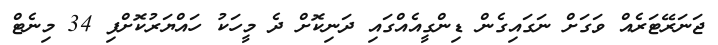
ޖަނަރޭޓަރެއް ވަގަށް ނަގައިގެން ޑިންގީއެއްގައި ދަނިކޮށް ދެ މީހަކު ހައްޔަރުކޮށްފި 34 މިނެޓް